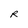
Character: R